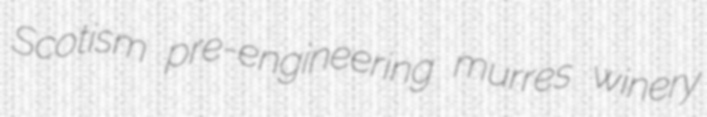
Scotism pre-engineering murres winery